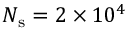
N _ { \mathrm { s } } = 2 \times 1 0 ^ { 4 }